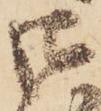
御